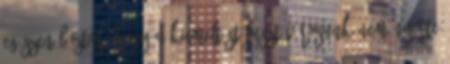
Egészen biztos, hogy a kiemelt státuszt városunk nem nyerte